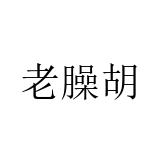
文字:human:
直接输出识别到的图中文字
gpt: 老臊胡